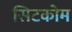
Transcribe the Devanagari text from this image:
सिटकोम